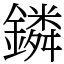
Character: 鏻